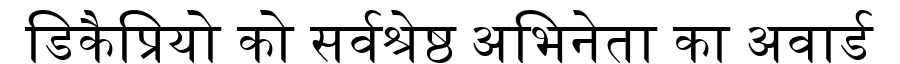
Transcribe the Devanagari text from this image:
डिकैप्रियो को सर्वश्रेष्ठ अभिनेता का अवार्ड